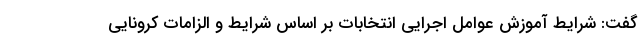
گفت: شرایط آموزش عوامل اجرایی انتخابات بر اساس شرایط و الزامات کرونایی